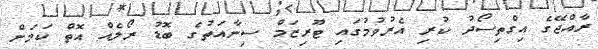
ރާއްޖޭގެ އިގްތިސޯދު ކުރި އެރުވުމުގައި ޓޫރިޒަމް ސިނާއަތުގެ ބޮޑު ރޯލެއް އޮތް ކަމަށް